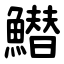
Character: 䲋